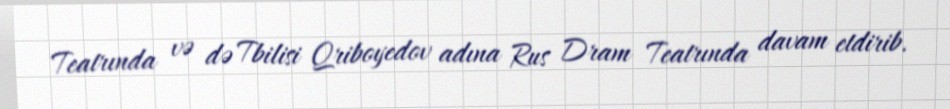
Teatrında və də Tbilisi Qriboyedov adına Rus Dram Teatrında davam etdirib.